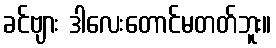
ခင်ဗျား ဒါလေးတောင်မတတ်ဘူး။